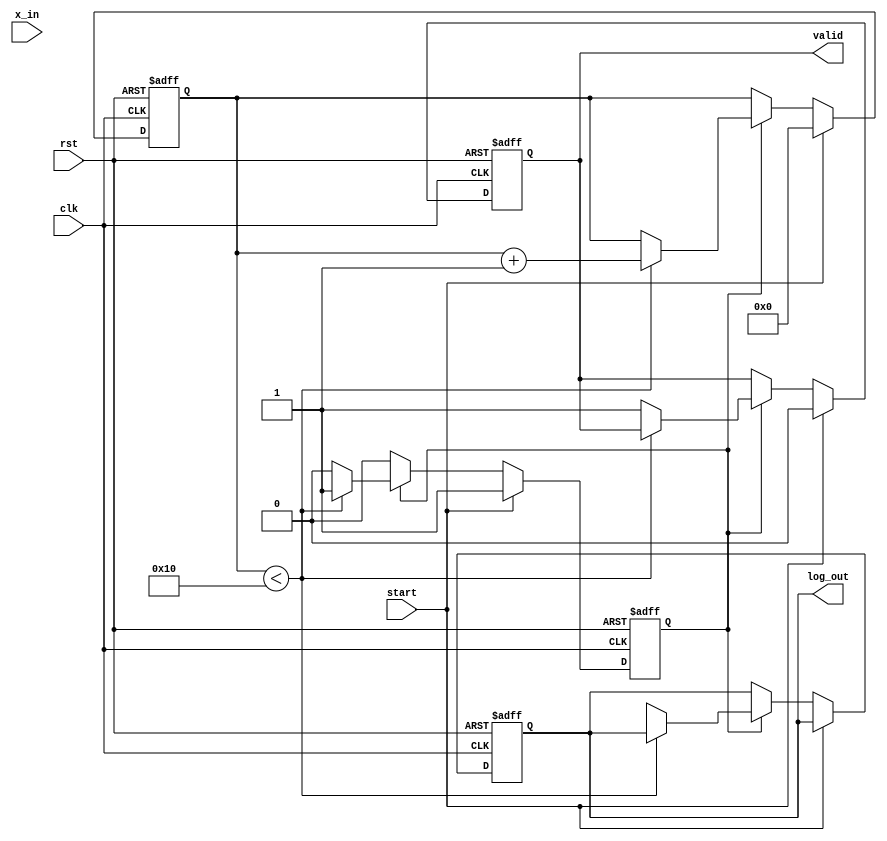
module cordic_logarithm (
    input wire clk,
    input wire rst,
    input wire start,
    input wire [31:0] x_in, // Input value (fixed-point representation)
    output reg [31:0] log_out, // Output logarithm value
    output reg valid // Output valid flag
);

    // Parameters
    parameter MAX_ITER = 16; // Maximum number of iterations
    parameter ANGLE_TABLE_SIZE = 16; // Size of the angle table

    // Internal signals
    reg [31:0] x [0:MAX_ITER-1]; // X values
    reg [31:0] y [0:MAX_ITER-1]; // Y values
    reg [31:0] z [0:MAX_ITER-1]; // Angle values
    reg [3:0] iteration; // Current iteration count
    reg [31:0] angle_table [0:ANGLE_TABLE_SIZE-1]; // Angle lookup table
    reg processing; // Processing state

    // Initialize angle table (arctangent values)
    initial begin
        angle_table[0] = 32'h00000000; // atan(0)
        angle_table[1] = 32'h3F490FDB; // atan(1) in fixed-point
        angle_table[2] = 32'h3E2D8A3D; // atan(0.5) in fixed-point
        angle_table[3] = 32'h3D9F6A3D; // atan(0.25) in fixed-point
        // Fill in the rest of the angle values as needed
    end

    // State machine for CORDIC processing
    always @(posedge clk or posedge rst) begin
        if (rst) begin
            iteration <= 0;
            log_out <= 0;
            valid <= 0;
            processing <= 0;
        end else if (start) begin
            // Initialization
            x[0] <= x_in; // Input value
            y[0] <= 0; // Initial y value
            z[0] <= 0; // Initial angle
            iteration <= 0;
            valid <= 0;
            processing <= 1;
        end else if (processing) begin
            if (iteration < MAX_ITER) begin
                // CORDIC rotation logic
                if (z[iteration] < 0) begin
                    // Rotate clockwise
                    x[iteration + 1] <= x[iteration] + (y[iteration] >> iteration);
                    y[iteration + 1] <= y[iteration] - (x[iteration] >> iteration);
                    z[iteration + 1] <= z[iteration] + angle_table[iteration];
                end else begin
                    // Rotate counter-clockwise
                    x[iteration + 1] <= x[iteration] - (y[iteration] >> iteration);
                    y[iteration + 1] <= y[iteration] + (x[iteration] >> iteration);
                    z[iteration + 1] <= z[iteration] - angle_table[iteration];
                end
                iteration <= iteration + 1;
            end else begin
                // Final output
                log_out <= x[MAX_ITER]; // Final approximation of logarithm
                valid <= 1; // Indicate output is valid
                processing <= 0; // End processing
            end
        end
    end

endmodule